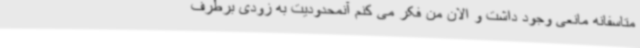
متاسفانه مانعی وجود داشت و الان من فکر می کنم آنمحدودیت به زودی برطرف